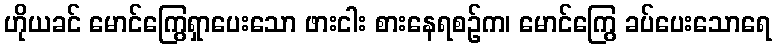
ဟိုယခင် မောင်ကြွေရှာပေးသော ဖားငါး စားနေရစဉ်က၊ မောင်ကြွေ ခပ်ပေးသောရေ